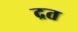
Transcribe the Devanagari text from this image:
द्रत